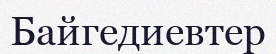
Байгедиевтер